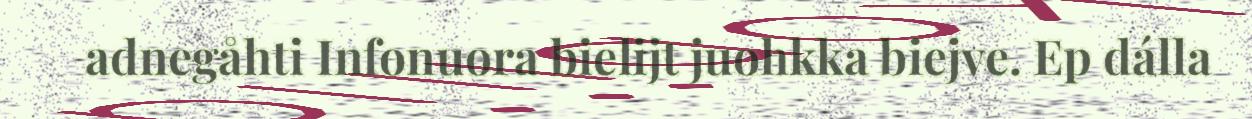
adnegåhti Infonuora bielijt juohkka biejve. Ep dálla